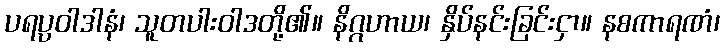
ပရပ္ပဝါဒါနံ၊ သူတပါးဝါဒတို့၏။ နိဂ္ဂဟာယ၊ နှိပ်နင်းခြင်းငှာ။ နစကာရဏံ၊